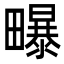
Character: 𭻶